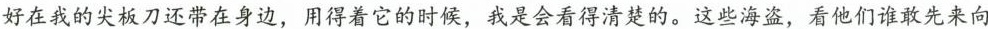
好在我的尖板刀还带在身边，用得着它的时候，我是会看得清楚的。这些海盗，看他们谁敢先来向